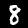
Label: 8